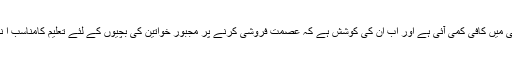
ان کا دعوی ہے کہ تقریبا ایک دہائی کی کوششوں سے یہاں بچیوں کی جسم فروشی میں کافی کمی آئی ہے اور اب ان کی کوشش ہے کہ عصمت فروشی کرنے پر مجبور خواتین کی بچیوں کے لئے تعلیم کامناسب ا نتظام ہوجائے تاکہ اگلی نسل جسم فروشی کے دلدل میں پھنسنے کو مجبور نہ ہوں۔